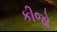
કીજો